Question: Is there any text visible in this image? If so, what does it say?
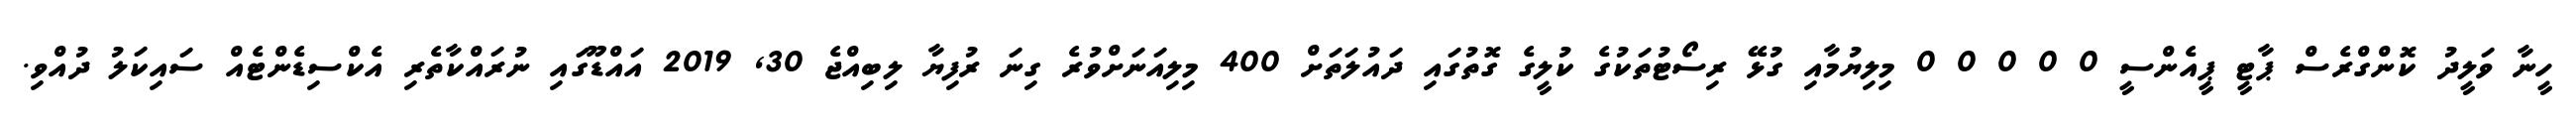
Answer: ހީނާ ވަލީދު ކޮންގްރެސް ޕާޓީ ޕީއެންސީ 0 0 0 0 0 މިލިޔުމާއި ގުޅޭ ރިސޯޓުތަކުގެ ކުލީގެ ގޮތުގައި ދައުލަތަށް 400 މިލިއަނަށްވުރެ ގިނަ ރުފިޔާ ލިބިއްޖެ 30, 2019 އައްޑޫގައި ނުރައްކާތެރި އެކްސިޑެންޓެއް ސައިކަލު ދުއްވި.